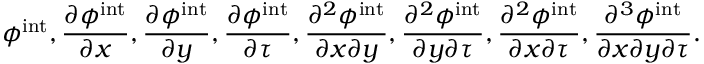
\phi ^ { \mathrm { i n t } } , \frac { \partial \phi ^ { \mathrm { i n t } } } { \partial x } , \frac { \partial \phi ^ { \mathrm { i n t } } } { \partial y } , \frac { \partial \phi ^ { \mathrm { i n t } } } { \partial \tau } , \frac { \partial ^ { 2 } \phi ^ { \mathrm { i n t } } } { \partial x \partial y } , \frac { \partial ^ { 2 } \phi ^ { \mathrm { i n t } } } { \partial y \partial \tau } , \frac { \partial ^ { 2 } \phi ^ { \mathrm { i n t } } } { \partial x \partial \tau } , \frac { \partial ^ { 3 } \phi ^ { \mathrm { i n t } } } { \partial x \partial y \partial \tau } .